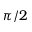
\pi / 2